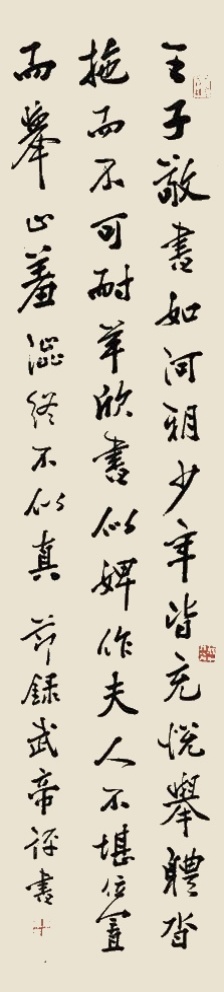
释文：王子敬书如河朔少年，皆充悦，举体沓拖，而不可耐……钟繇书如云鹤游天，群鸿戏海。乙卯九月，润钊仁兄大人正，才民袁阜存。